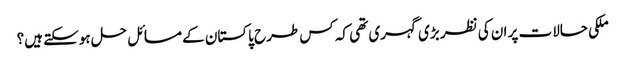
ملکی حالات پر ان کی نظر بڑی گہری تھی کہ کس طرح پاکستان کے مسائل حل ہوسکتے ہیں؟